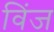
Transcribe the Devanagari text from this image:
विंज